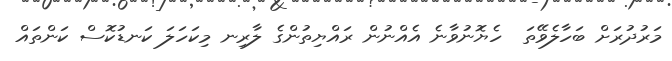
މަރުދުރަށް ބަހާލެވޭތަ  ހެޔޮނުވާނެ އެއްނުން ރައްޔިތުންގެ ލާރިނ މިކަހަލަ ކަނޑުކޮސް ކަންތައް